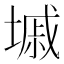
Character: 墄